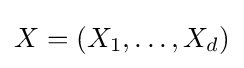
X=(X_{1},\dots ,X_{d})